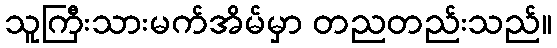
သူကြီးသားမက်အိမ်မှာ တညတည်းသည်။